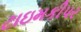
ટાઇમકીપર